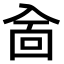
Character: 𠓮